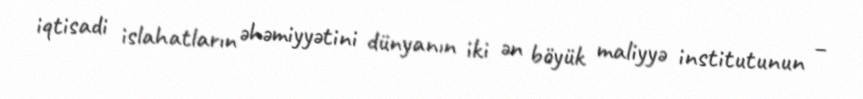
iqtisadi islahatların əhəmiyyətini dünyanın iki ən böyük maliyyə institutunun –